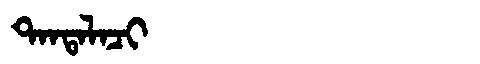
Manchu: ᡨᠠᠨᡨᠠᠯᠠᠴᡳ
Romanization: TANTALACI